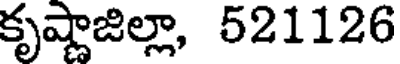
కృష్ణాజిల్లా, 521126